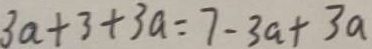
3 a + 3 + 3 a = 7 - 3 a + 3 a